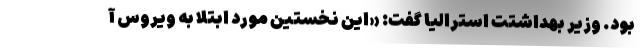
بود. وزیر بهداشتت استرالیا گفت: «این نخستین مورد ابتلا به ویروس آ